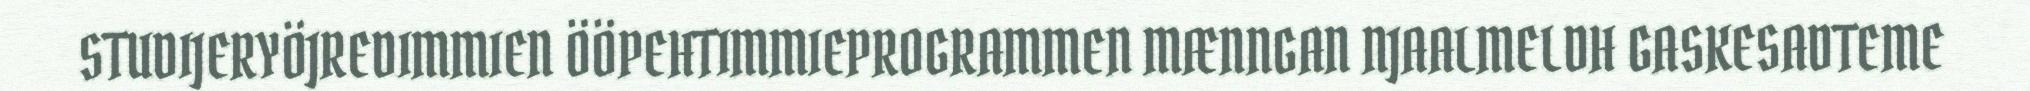
STUDIJERYÖJREDIMMIEN ÖÖPEHTIMMIEPROGRAMMEN MÆNNGAN NJAALMELDH GASKESADTEME